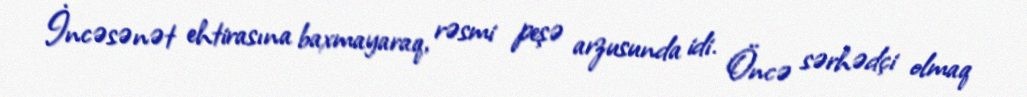
İncəsənət ehtirasına baxmayaraq, rəsmi peşə arzusunda idi. Öncə sərhədçi olmaq